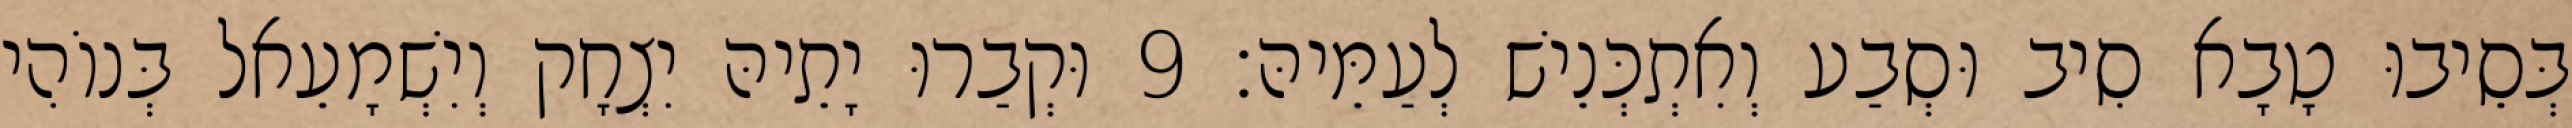
בְּסֵיבוּ טָבָא סִיב וּסְבַע וְאִתְכְּנֵישׁ לְעַמֵּיהּ׃ 9 וּקְבַרוּ יָתֵיהּ יִצְחָק וְיִשְׁמָעֵאל בְּנוֹהִי